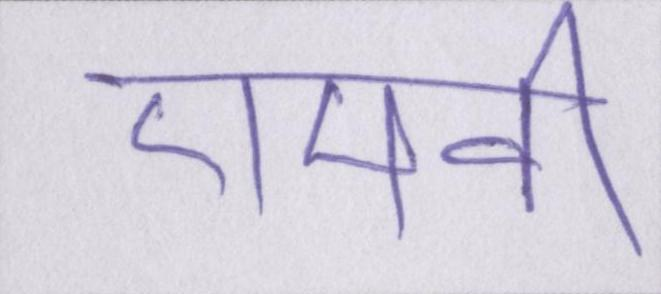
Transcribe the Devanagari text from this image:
एमवी